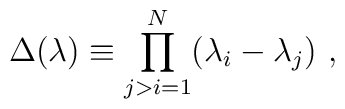
\Delta(\lambda)\equiv\prod_{j>i=1}^{N}(\lambda_i-\lambda_j) \ ,